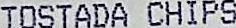
TOSTADA CHIPS